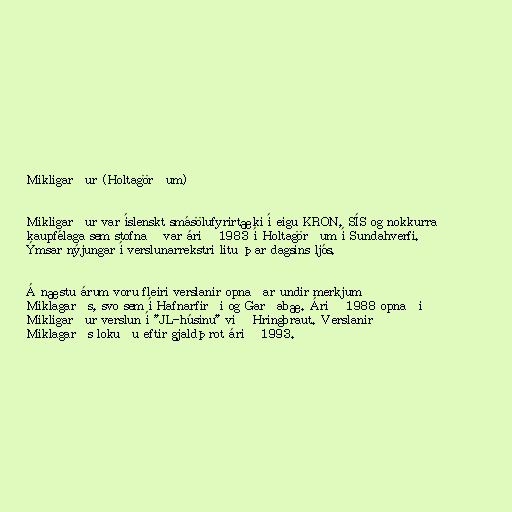
Mikligarður (Holtagörðum)

Mikligarður var íslenskt smásölufyrirtæki í eigu KRON, SÍS og nokkurra
kaupfélaga sem stofnað var árið 1983 í Holtagörðum í Sundahverfi.
Ýmsar nýjungar í verslunarrekstri litu þar dagsins ljós.

Á næstu árum voru fleiri verslanir opnaðar undir merkjum
Miklagarðs, svo sem í Hafnarfirði og Garðabæ. Árið 1988 opnaði
Mikligarður verslun í "JL-húsinu" við Hringbraut. Verslanir
Miklagarðs lokuðu eftir gjaldþrot árið 1993.